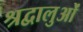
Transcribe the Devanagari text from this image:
श्रद्वालुओं